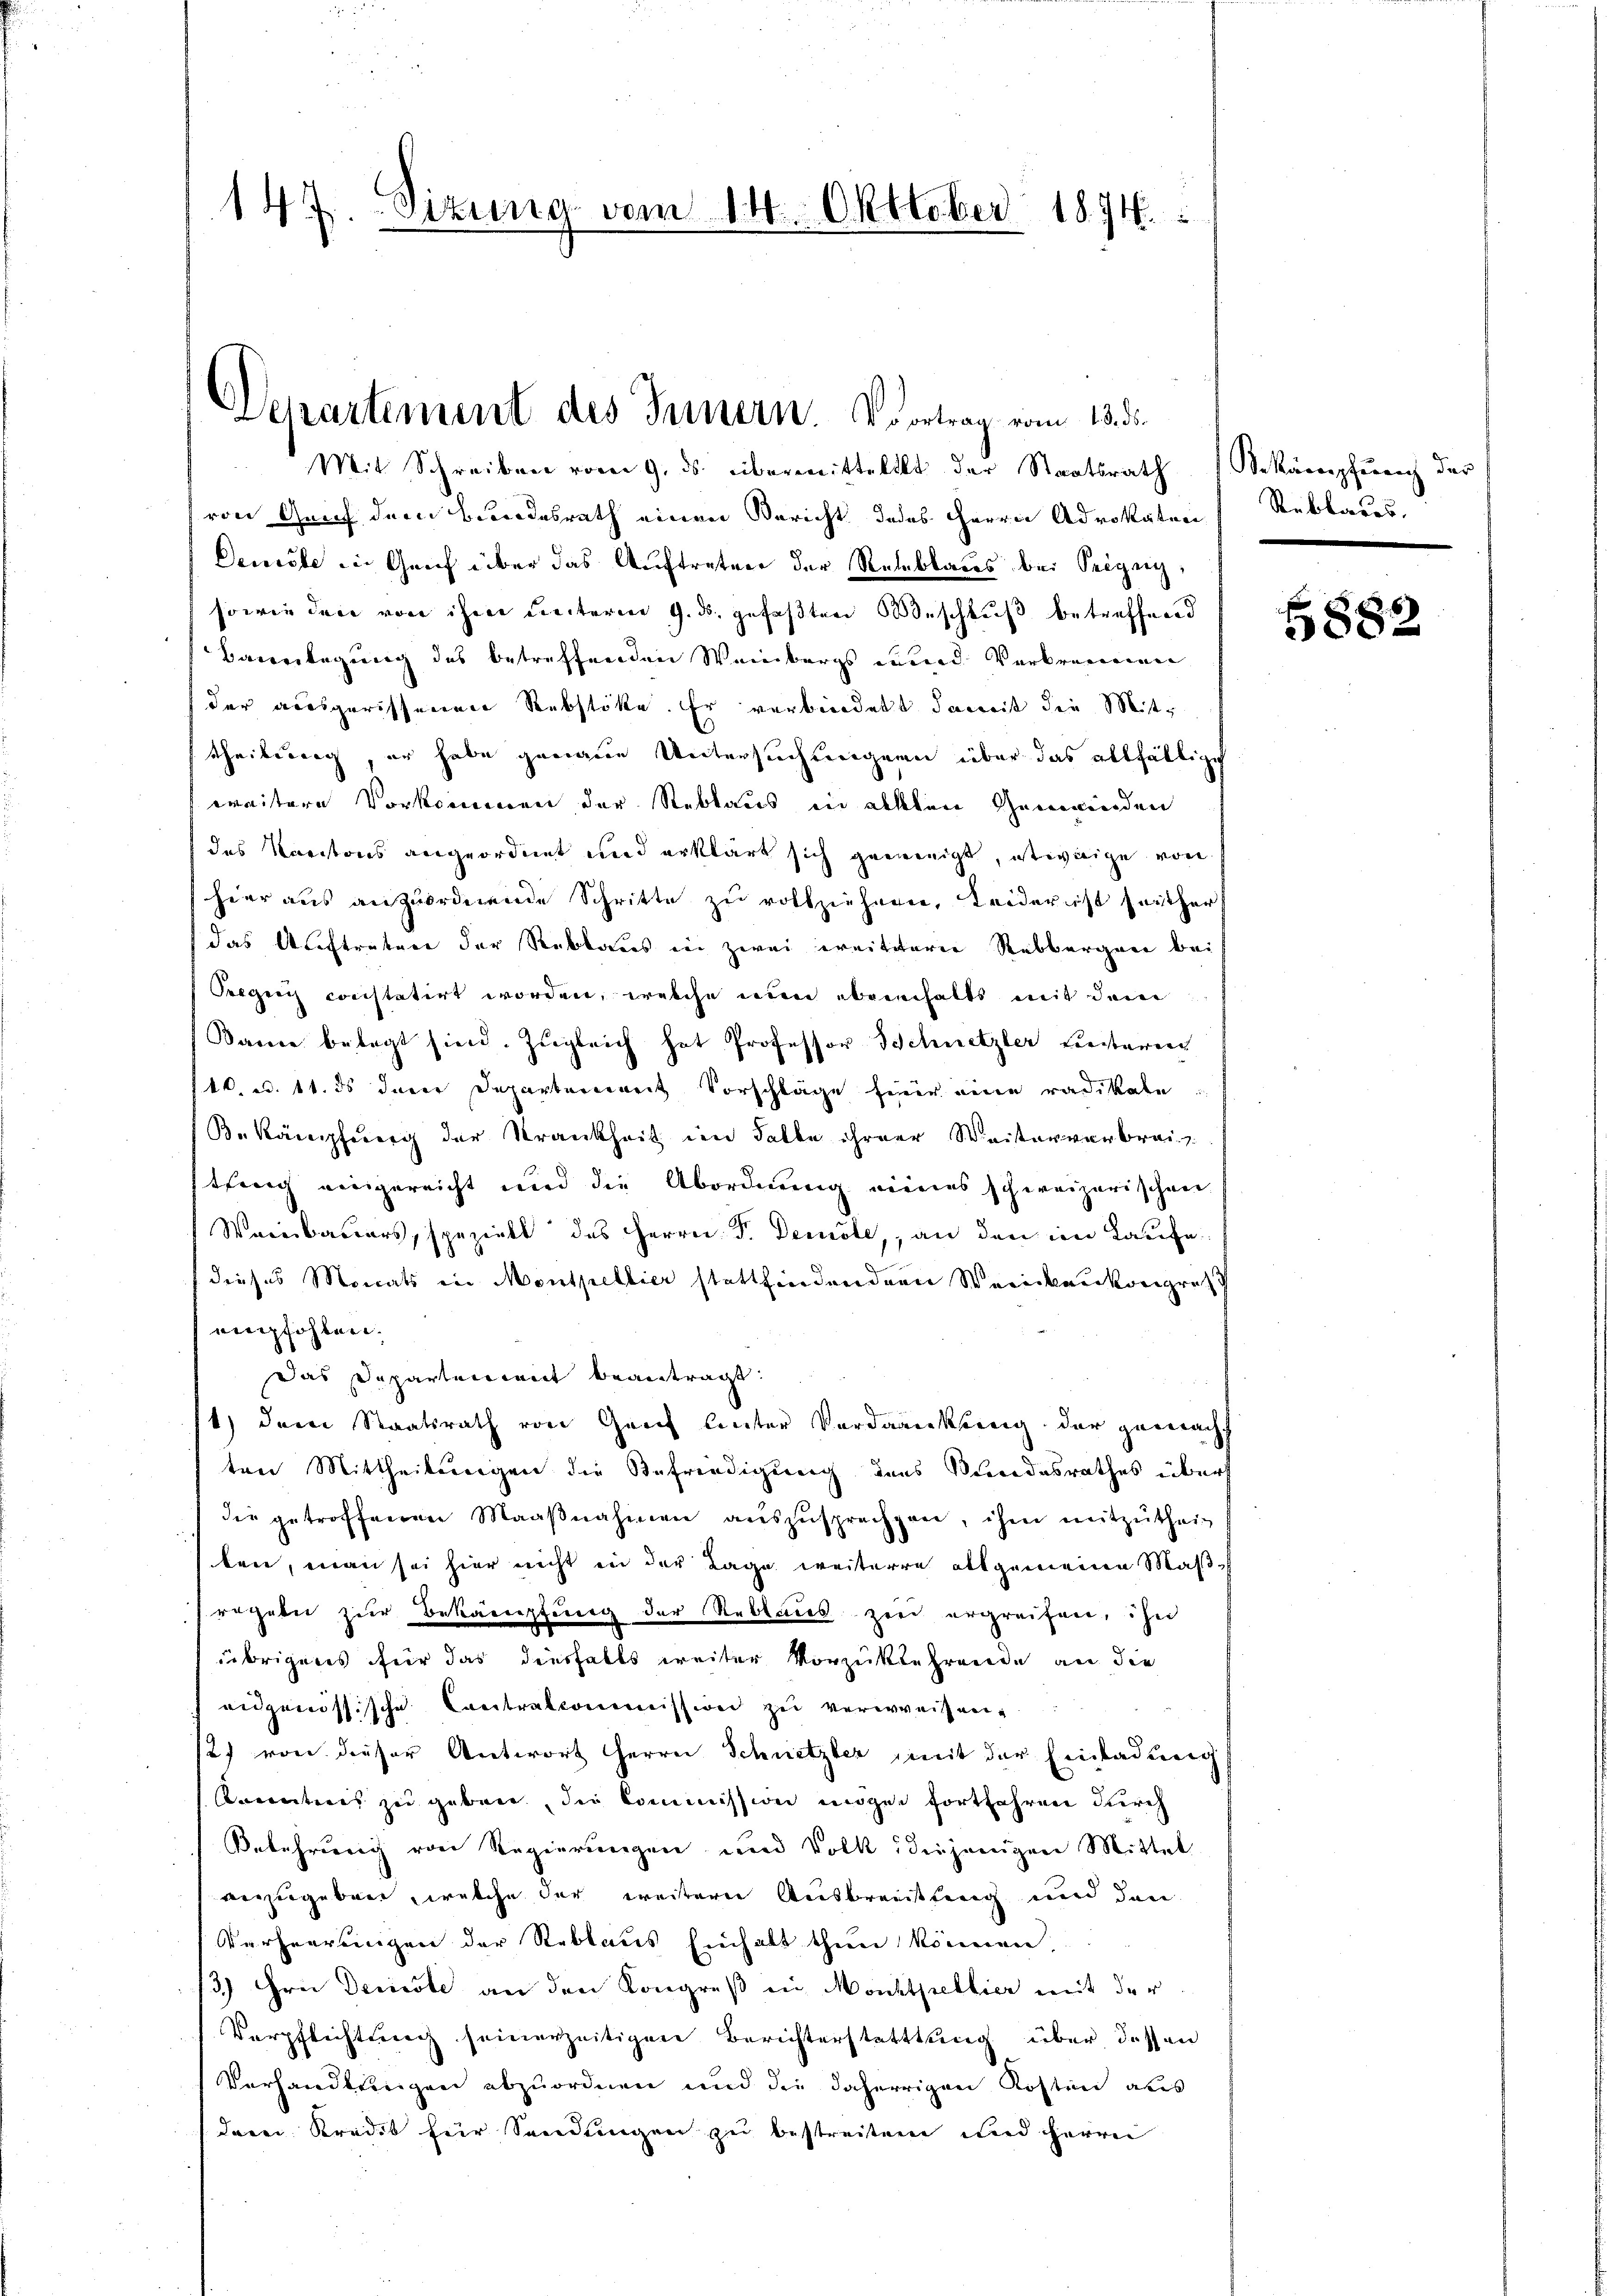
147. Sizung vom 14. Oktober 1874.

Mit Schreiben vom 9. ds. übermittellt der Staatsrath Bekämpfung der
von Geif dem Brandesrath einen Bericht Jedes Herrn Advokaten Reblarus,
Denisse in Genf über das Auftreter der Rehblaus bei Seizig,
sowie den von ihre unterm 9. ds. gefaßten Beschluß betreffend
Bauerlegung des betreffenden Weinbergs unnd Verbrennen
der ausgerissenen Rebstöke. Er verbindet damit die Mittheilung, er habe genaue Untersuchungen über das allfällige
weitere Vorkommen der Reblaus in allten Gemeinden
des Kantons angeordnet und erklärt sich gewenigt, etwaige von
(hier aus anzŭordnende Schritte zŭ vollziehern, Leiderist seither
das Auftrature der Reblaus in zwei ereitere Rebbergen bei
Sergeii constatirt worden, welche nun ebenhalts mit dem
Bauer belegt sind. Zugleich hat Professor Schnetzler besteren
/4. d. 11. ds derer Departerweit Vorschläge hier eine radikate
B. Kämpfung der Krankheit im Falle ihrer Weiterverbreithung vergerricht und die Abordnung eines schweizerischen
Weinbauers, speziell des Herrn Dr. Demole, an den im Kaufe
dieses Monats in Montpellier stattfindender Weinbaukongres
empfohlen.
Das Departenant beantragt.
1) Der Staatsrath von Genf linter Verdankung der gemacht
ten Mittheilungen die Befriedigung des Bundesrathes über
die getroffenen Maaβnahmen auszusprechen, ihm mitzŭthei-
tere, man sei hier nicht in der Lage weiterre allgemeine Maß
regaler zur Bekämpfung der Reblaues zwei ergreifen, her
übrigens für das diesfalls weiter Vorzuklehrende an die
eidgenössische Contralcommission zŭ verweisen.
2) von dieser Antwort Herre Schnetzter mit der Einladung
Anntnis zu geben, die Commission mögen fortfahren durch
Belehrung von Regierungen und Volk diejenigen Mittel
verzugeben, welche der weitere Ausbreitung und den
Verheerungen der Reblaus Einhalt thun können.
13.) Hrn Deciste an den Kongreß in Monktpellier mit der
Verpflichtung seinerzeitigen Berichterstatttung über dessen
Verhandlungen abzuordnen und die daherigen Kosten aus
dere Kredit für Sendungen zu bestreiten und herrei

Departement des Innern. Vortrag vom 13. d.

5882